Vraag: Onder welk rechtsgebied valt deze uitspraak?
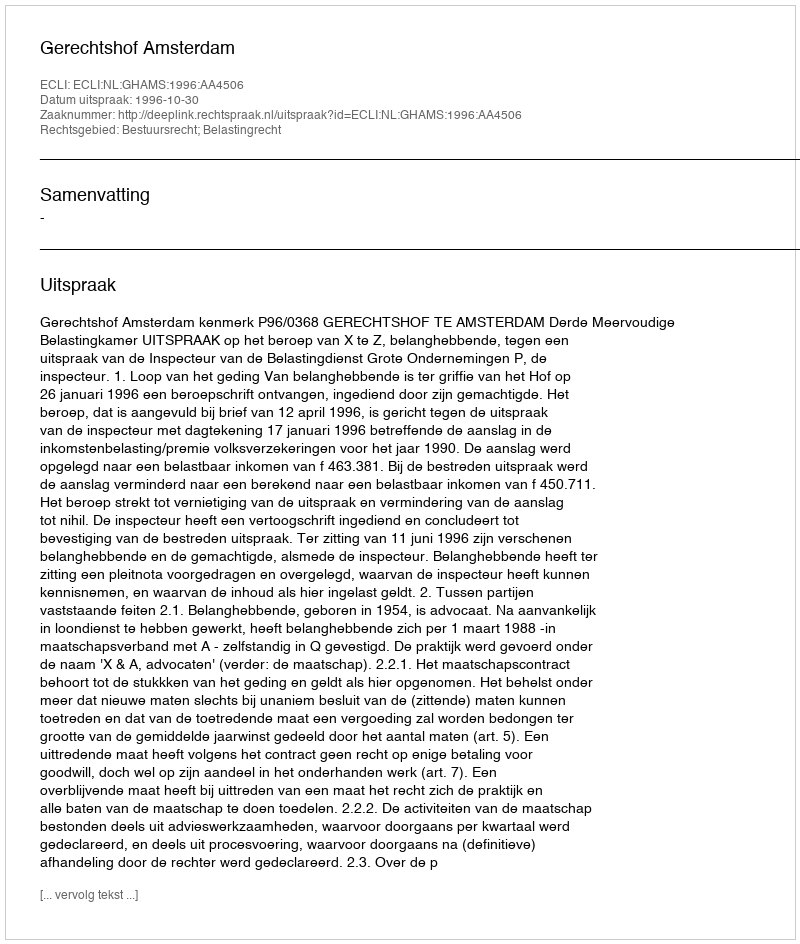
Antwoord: Bestuursrecht; Belastingrecht